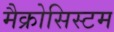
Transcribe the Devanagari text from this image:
मैक्रोसिस्टम